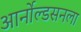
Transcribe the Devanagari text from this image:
आर्नोल्डसनला